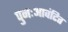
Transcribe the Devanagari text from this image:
पुनःआवंटित